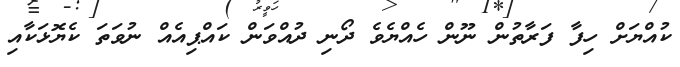
ކުއްޔަށް ހިފާ ފަރާތުން ނޫން ހެއްޔެވެ ދޯނި ދުއްވަން ކައްޕިއެއް ނުވަތަ ކެޔޮޅަކާއި